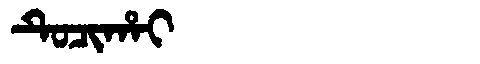
Manchu: ᡨᡠᠴᡳᡥᠠᡳ
Romanization: TUCIHAI